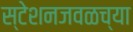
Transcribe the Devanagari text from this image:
स्टेशनजवळच्या